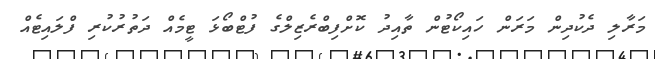
މަރާލި ދެކުދިން މަރަން ހައިކޯޓުން ތާއިދު ކޮށްފިބްރެޒިލްގެ ފުޓްބޯޅަ ޓީމެއް ދަތުރުކުރި ފްލައިޓެއް